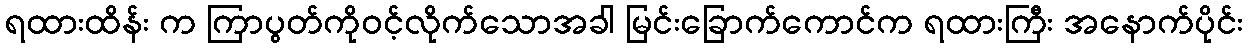
ရထားထိန်း က ကြာပွတ်ကိုဝင့်လိုက်သောအခါ မြင်းခြောက်ကောင်က ရထားကြီး အနောက်ပိုင်း